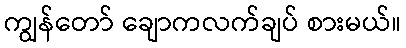
ကျွန်တော် ချောကလက်ချပ် စားမယ်။